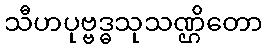
သီဟပုဗ္ဗဒ္ဓသုသဏ္ဌိတော